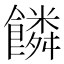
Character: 𩞻